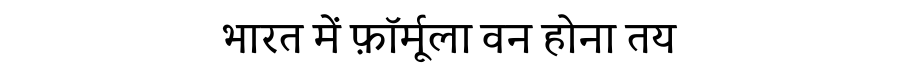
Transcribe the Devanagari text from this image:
भारत में फ़ॉर्मूला वन होना तय